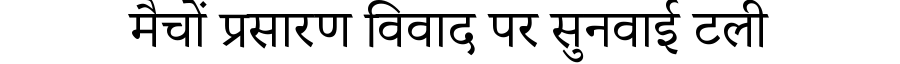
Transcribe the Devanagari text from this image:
मैचों प्रसारण विवाद पर सुनवाई टली